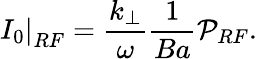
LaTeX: \left.I_{0}\right|_{RF}=\frac{k_{\perp}}{\omega}\frac{1}{Ba}\mathcal{P}_{RF}.